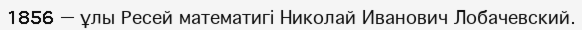
1856 — ұлы Ресей математигі Николай Иванович Лобачевский.